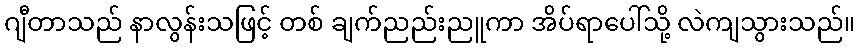
ဂျီတာသည် နာလွန်းသဖြင့် တစ် ချက်ညည်းညူကာ အိပ်ရာပေါ်သို့ လဲကျသွားသည်။